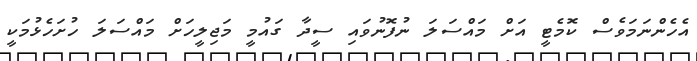
އެހެންނަމަވެސް ކޮމެޓީ އަށް މައްސަލަ ނުފޮނުވައި ސީދާ ގައުމީ މަޖިލީހަށް މައްސަލަ ހުށަހެޅުމަކީ